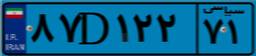
۸۷D۱۲۲۷۱